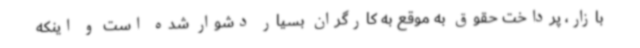
بازار، پرداخت حقوق به موقع به کارگران بسیار دشوار شده است و اینکه